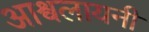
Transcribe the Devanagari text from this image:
आश्वलायनी